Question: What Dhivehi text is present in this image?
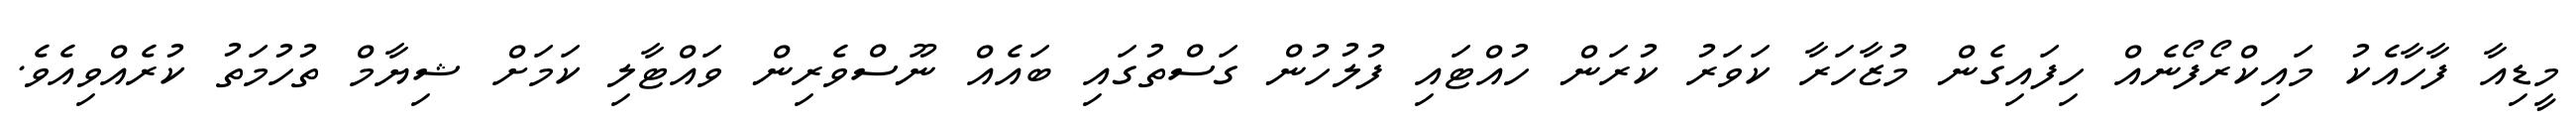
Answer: މީޑިއާ ފާހާއެކު މައިކްރޯފޯނެއް ހިފައިގެން މުޒާހަރާ ކަވަރު ކުރަން ހުއްޓައި ފުލުހުން ގަސްތުގައި ބައެއް ނޫސްވެރިން ވައްޓާލި ކަމަށް ޝިޔާމް ތުހުމަތު ކުރެއްވިއެވެ.